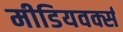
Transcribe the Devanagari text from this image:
मीडियवर्क्स